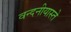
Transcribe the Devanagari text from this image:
वन्दनीयास्ते